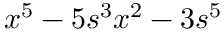
x ^ { 5 } - 5 s ^ { 3 } x ^ { 2 } - 3 s ^ { 5 }